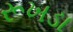
રૂખડા